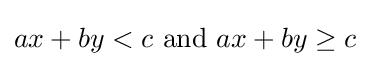
ax+by<c{\text{ and }}ax+by\geq c